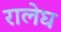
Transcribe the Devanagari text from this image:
रालेघ